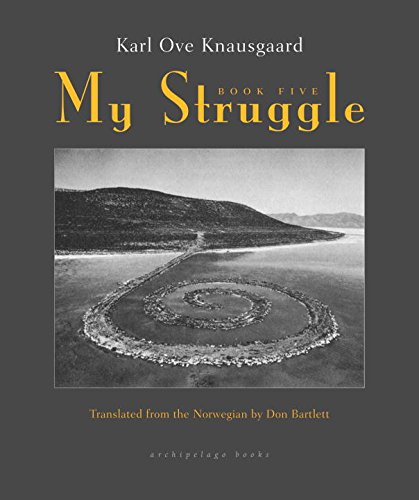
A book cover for My Struggle: Book Five; Karl Ove Knausgaard; Literature & Fiction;